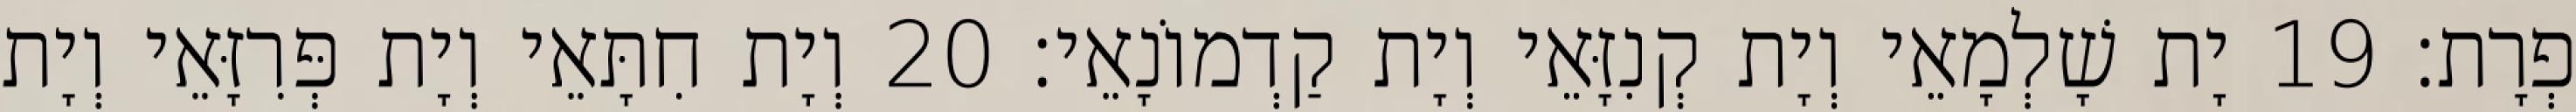
פְרָת׃ 19 יָת שָׁלְמָאֵי וְיָת קְנִזָּאֵי וְיָת קַדְמוֹנָאֵי׃ 20 וְיָת חִתָּאֵי וְיָת פְּרִזָּאֵי וְיָת